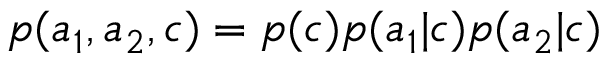
p ( a _ { 1 } , a _ { 2 } , c ) = p ( c ) p ( a _ { 1 } | c ) p ( a _ { 2 } | c )